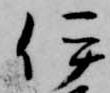
伊